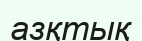
азқтық